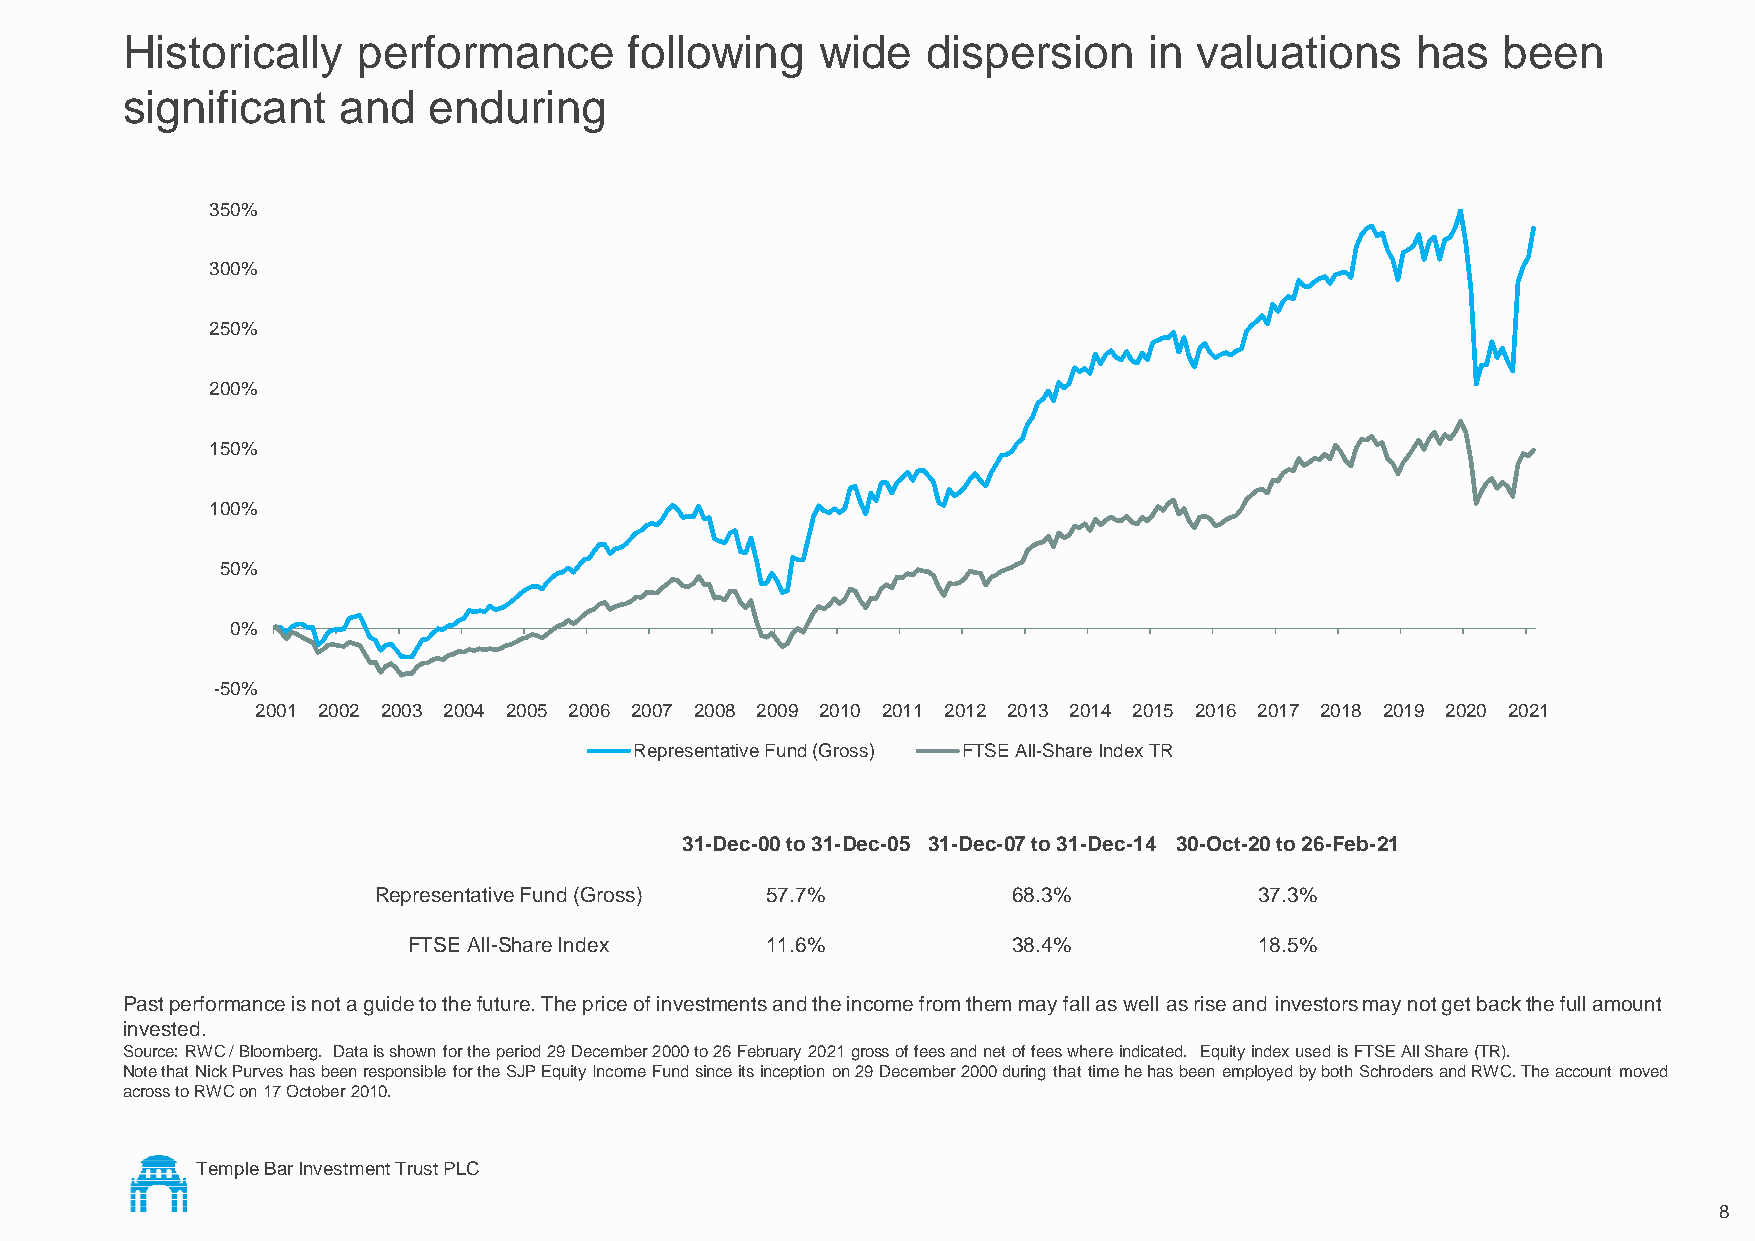
Historically    performance       following   wide   dispersion     in valuations     has  been
 significant   and   enduring
 350%
 300%
 250%
 200%
 150%
 100%
 50%
 0%
 -50%
 2001 2002 2003 2004 2005 2006 2007 2008 2009 2010 2011 2012 2013 2014 2015 2016 2017 2018 2019 2020 2021
 Representative Fund (Gross) FTSE All-Share Index TR
 31-Dec-00 to 31-Dec-05 31-Dec-07 to 31-Dec-14 30-Oct-20 to 26-Feb-21
 Representative Fund (Gross) 57.7%         68.3%           37.3%
 FTSE All-Share Index    11.6%           38.4%           18.5%
 Past performance is not a guide to the future. The price of investments and the income from them may fall as well as rise and investors may not get back the full amount
 invested.
 Source: RWC / Bloomberg. Data is shown for the period 29 December 2000 to 26 February 2021 gross of fees and net of fees where indicated. Equity index used is FTSE All Share (TR).
 Note that Nick Purves has been responsible for the SJP Equity Income Fund since its inception on 29 December 2000 during that time he has been employed by both Schroders and RWC. The account moved
 across to RWC on 17 October 2010.
 Temple Bar Investment Trust PLC
 8